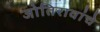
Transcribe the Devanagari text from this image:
जोतिरावांचे